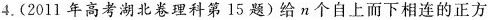
4.(2011年高考湖北卷理科第15题)给n个自上而下相连的正方